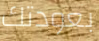
بعودتك